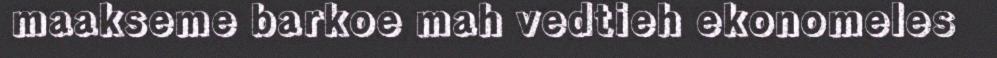
maakseme barkoe mah vedtieh ekonomeles